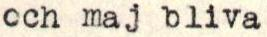
och maj bliva